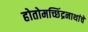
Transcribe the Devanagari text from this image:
होतोमच्छिंद्रनाथांचे